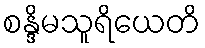
စန္ဒိမသူရိယေတိ